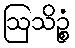
ဩသိဉ္စံ